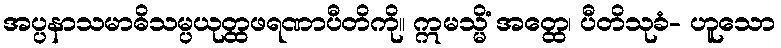
အပ္ပနာသမာဓိသမ္ပယုတ္ထဖရဏာပီတိကို။ ဣမသ္မိံ အတ္ထေ၊ ပီတိသုခံ- ဟူသော